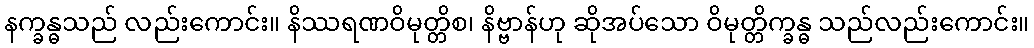
နက္ခန္ဓသည် လည်းကောင်း။ နိဿရဏဝိမုတ္တိစ၊ နိဗ္ဗာန်ဟု ဆိုအပ်သော ဝိမုတ္တိက္ခန္ဓ သည်လည်းကောင်း။